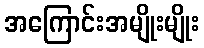
အကြောင်းအမျိုးမျိုး